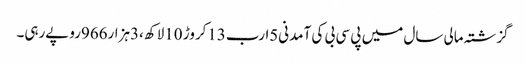
گزشتہ مالی سال میں پی سی بی کی آمدنی5ارب13کروڑ 10لاکھ ،3ہزار966روپےرہی۔